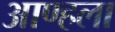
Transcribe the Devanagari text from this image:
आण्हला